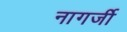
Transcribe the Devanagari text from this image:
नागर्जी